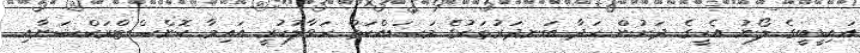
އައިޑީބީގެ ލޯނު އެހީގެ ދަށުން ހަދާ ބަނދަރުތަކުގެ މަސައްކަތް ހަވާލުކުރީ އައިމާ ކޮންސްޓްރަކްޝަނާއި